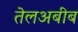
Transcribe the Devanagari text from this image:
तेलअबीब